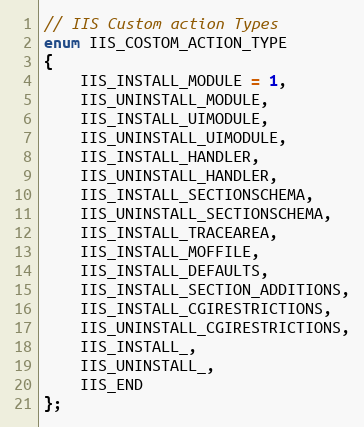
Language: C
// IIS Custom action Types
enum IIS_COSTOM_ACTION_TYPE
{
    IIS_INSTALL_MODULE = 1,
    IIS_UNINSTALL_MODULE,
    IIS_INSTALL_UIMODULE,
    IIS_UNINSTALL_UIMODULE,
    IIS_INSTALL_HANDLER,
    IIS_UNINSTALL_HANDLER,
    IIS_INSTALL_SECTIONSCHEMA,
    IIS_UNINSTALL_SECTIONSCHEMA,
    IIS_INSTALL_TRACEAREA,
    IIS_INSTALL_MOFFILE,
    IIS_INSTALL_DEFAULTS,
    IIS_INSTALL_SECTION_ADDITIONS,
    IIS_INSTALL_CGIRESTRICTIONS,
    IIS_UNINSTALL_CGIRESTRICTIONS,
    IIS_INSTALL_,
    IIS_UNINSTALL_,
    IIS_END
};